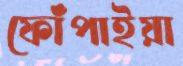
ফোঁপাইয়া